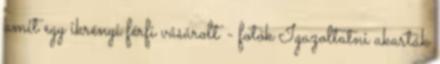
amit egy ikrényi férfi vásárolt - fotók Igazoltatni akarták